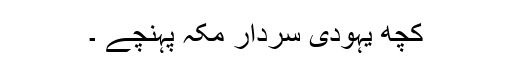
کچھ یہودی سردار مکہ پہنچے ۔